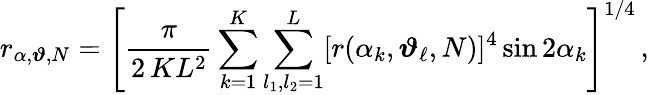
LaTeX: r_{\alpha,\boldsymbol{\vartheta},N}=\left[\frac{\pi}{2\, KL^{2}}\sum_{k=1}^{K}\sum_{l_{1},l_{2}=1}^{L}[r(\alpha_{k},\boldsymbol{\vartheta}_{\mathbf{\ell}},N)]^{4}\sin 2\alpha_{k}\right]^{1/4}\, ,